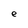
Character: e